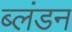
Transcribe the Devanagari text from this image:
ब्लंडन